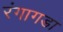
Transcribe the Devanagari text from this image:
रंगागडा